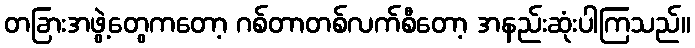
တခြားအဖွဲ့တွေကတော့ ဂစ်တာတစ်လက်စီတော့ အနည်းဆုံးပါကြသည်။